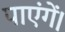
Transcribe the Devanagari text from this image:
पाएंगें।